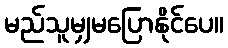
မည်သူမျှမပြောနိုင်ပေ။